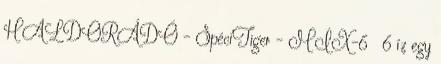
HALDORÁDÓ - SpéciTiger - MIX-6 6 íz egy